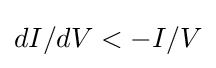
dI/dV<-I/V